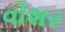
વોશર